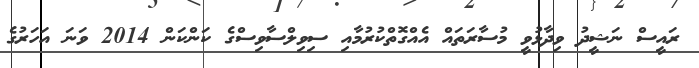
ރައީސް ނަޝީދު ވިދާޅުވީ މުސާރަތައް އެއްގޮތްކުރުމާއި ސިވިލްސާވިސްގެ ކަންކަން 2014 ވަނަ އަހަރުގެ